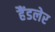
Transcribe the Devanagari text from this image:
हैंडलेर